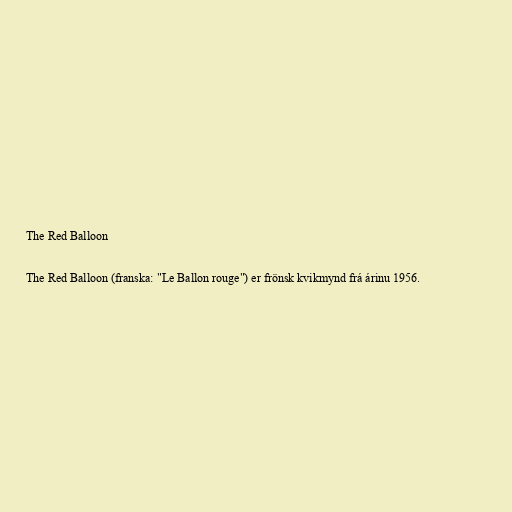
The Red Balloon

The Red Balloon (franska: "Le Ballon rouge") er frönsk kvikmynd frá árinu 1956.